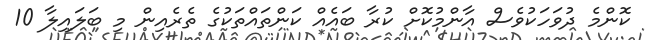
ކޮންމެ ދުވަހަކުވެސް އާންމުކޮށް ކުރާ ބައެއް ކަންތައްތަކުގެ ތެރެއިން މި ބަލައިލާ 10